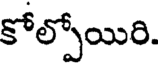
కోల్పోయిరి.